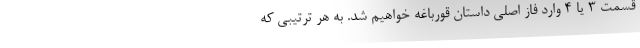
قسمت 3 یا 4 وارد فاز اصلی داستان قورباغه خواهیم شد. به هر ترتیبی که